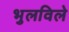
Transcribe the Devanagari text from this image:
भुलविले